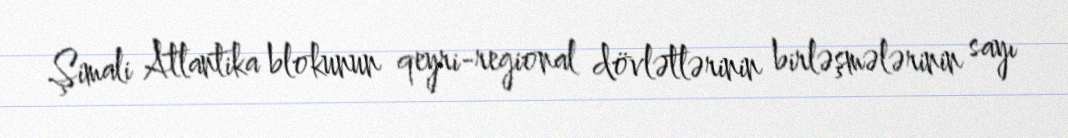
Şimali Atlantika blokunun qeyri-regional dövlətlərinin birləşmələrinin sayı